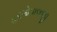
હરગોપાલજી